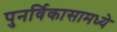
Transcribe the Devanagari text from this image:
पुनर्विकासामध्ये